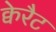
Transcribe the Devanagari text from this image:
क्वेरैट